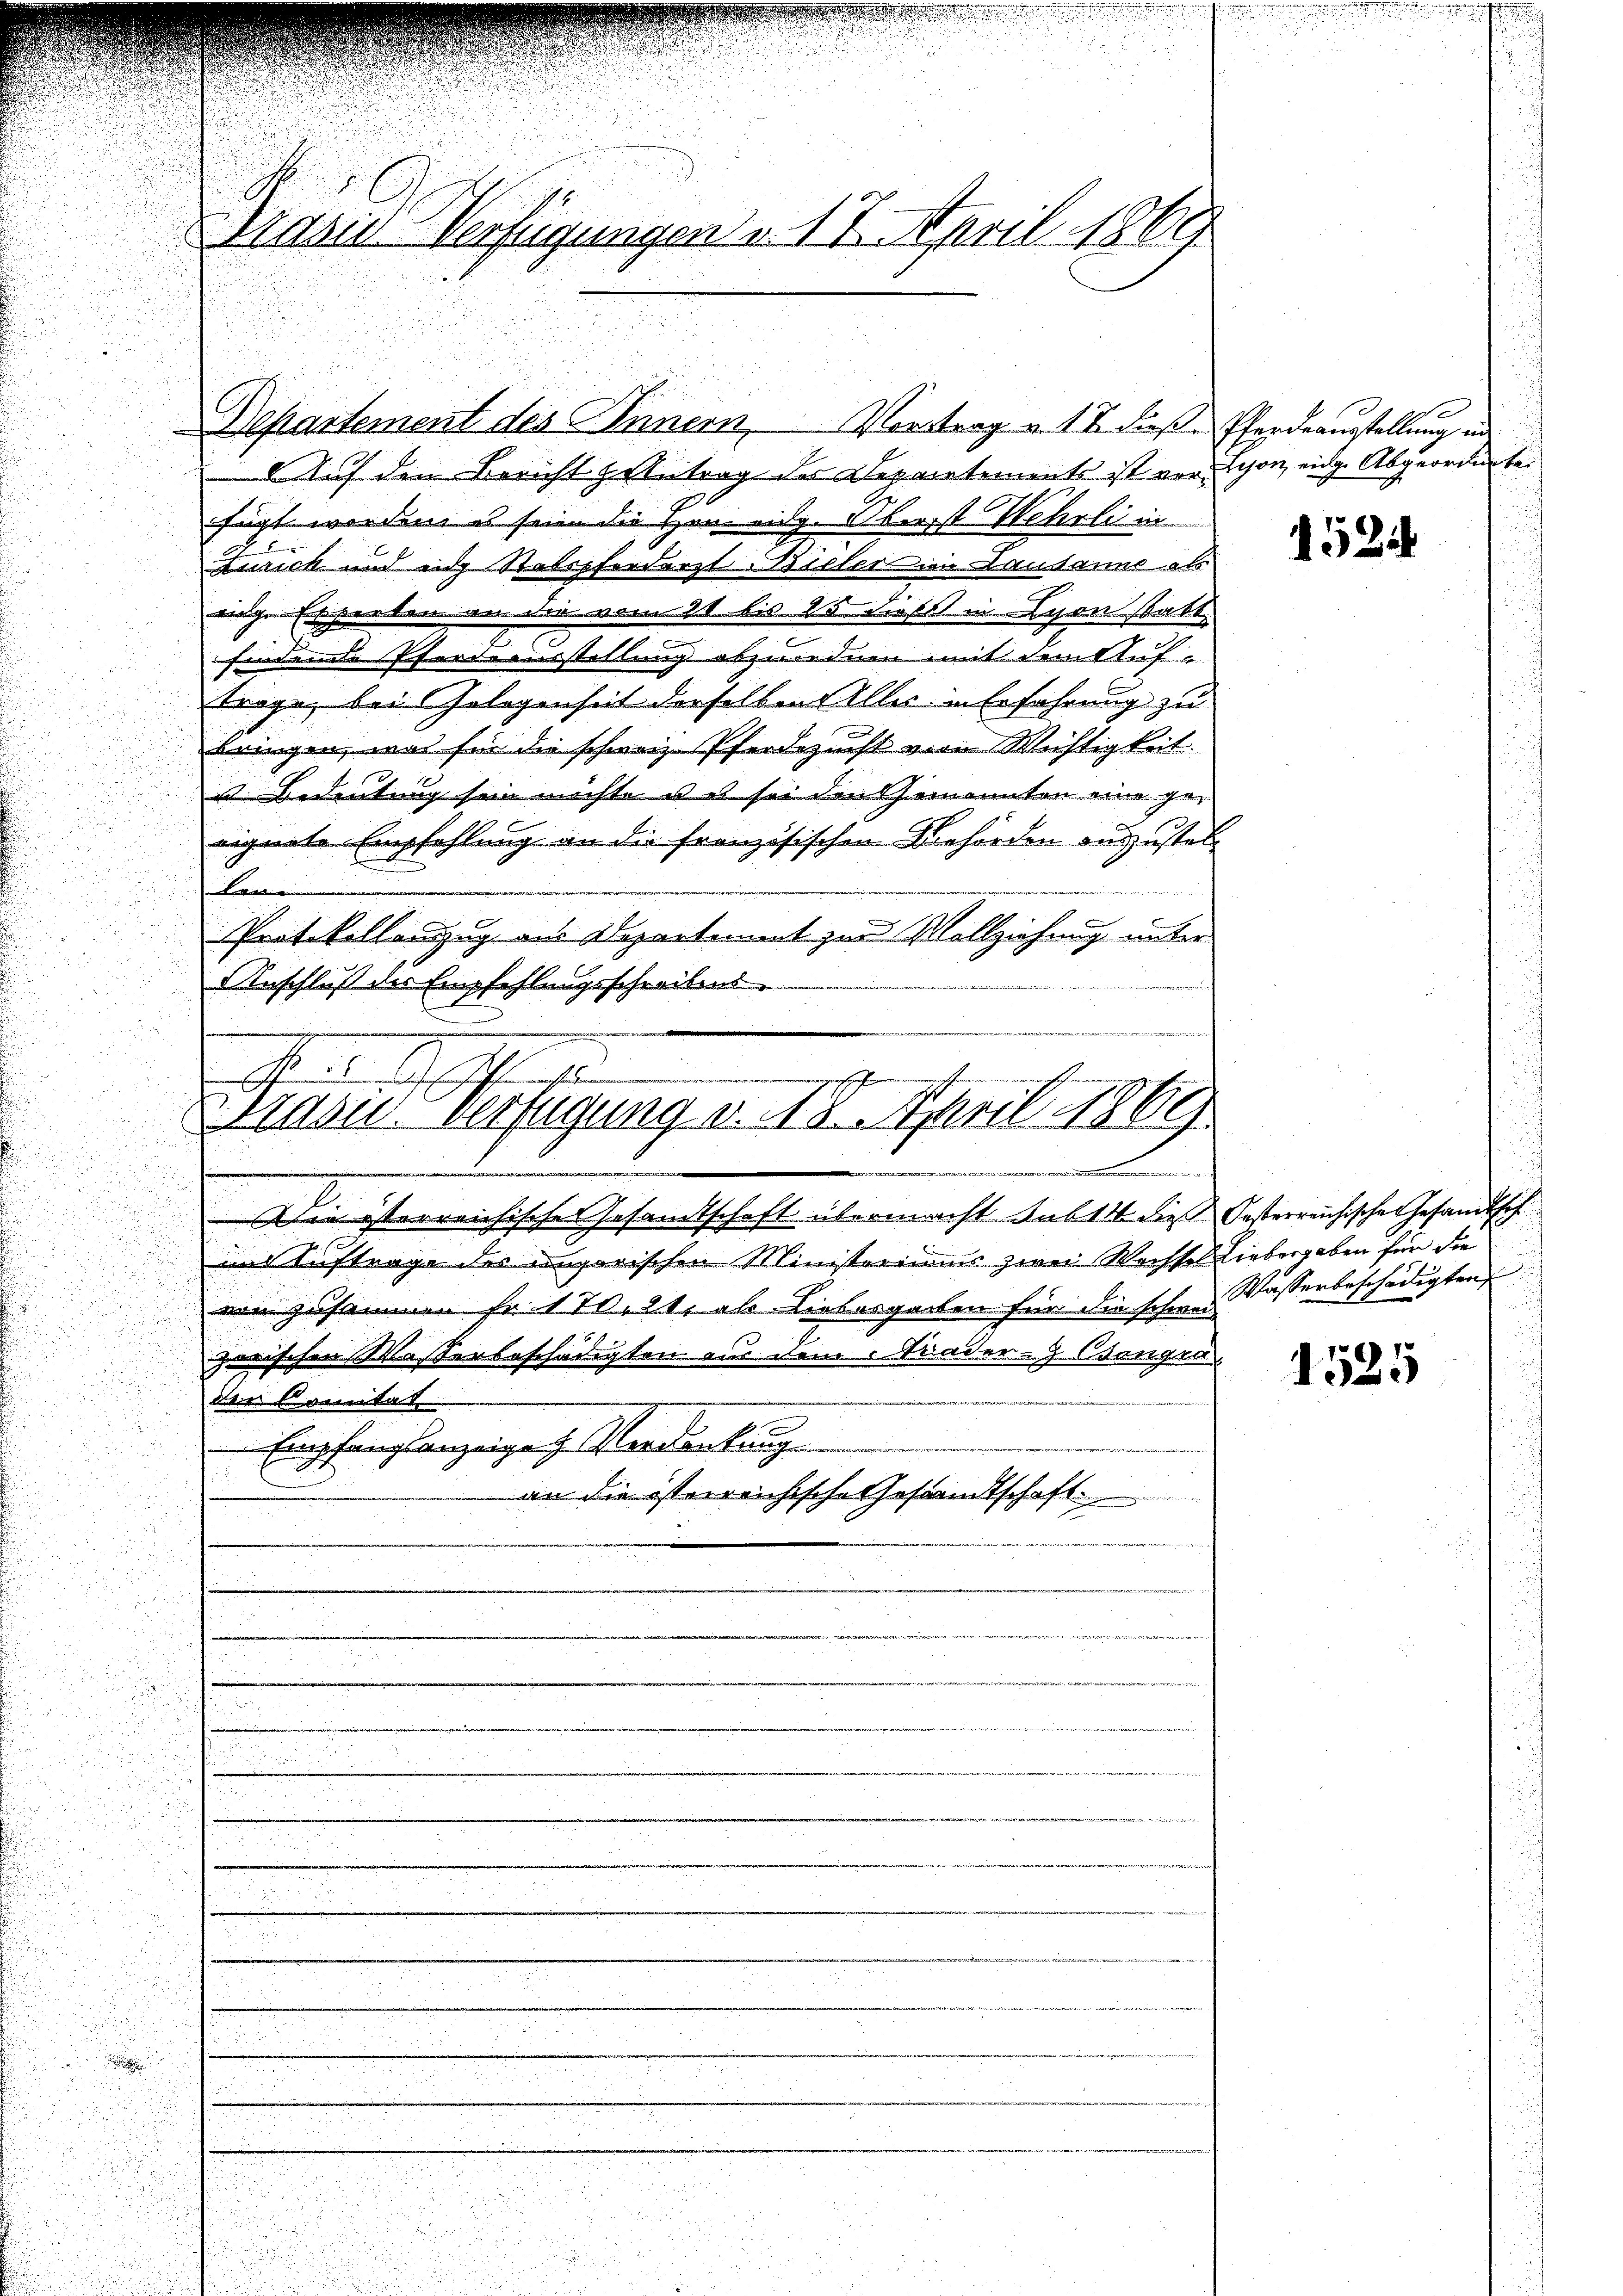
.

Brasis Verfügungen u. 17. April 1869

Auf den Bericht zu betrag des Departements ist vor Schon eidge Abgeordnete
fügt werden, es seien die Hen eidg. Oberst Wehrli in
Zurick und ein Statopferdarzt Bieler im Lausanns als
nige Erwerten an die vom 21 bis 15. dieß in von statt.
findere Pfordererstellung abzuordnen mit dem Auf
trage, bei Gelegenheit derselben Aller in Erfahrung zu
bringen, was für die schweiz. Pferdezucht von Michtigkeit.
i Bedeutung sein möchte uns sei den Genannten eine geeignete Empfehlung an die französischen Behörden auszustel¬
Lon
. 2. 5
5
Protokollanzug aus Departiment zur Vollziehung unter
Anschluß des Empfehlungsschreibens

Departement des Innern Vortrag u. 17 diese Pfordeausstellung un

Dazu eringung u. 18. April 1869
au

Die isterreichische Gesamtschaft übermacht sub 14 die Oesterreichische Gesandtsch
im Auftrage des ungarischen Ministeriums zwei Wechsel Liebergaben für die
von zusammen so 170. 21. als Liebergarten für die schwer
.
zerischen Wasserbeschädigten aus dem Baader- Csangen,
der Comitat
Empfangsanzeige Verdankung
an die österreichische Gesandtschaft
.
n

25
2
d

e

1524

Wasserbeschädigten
u

1525